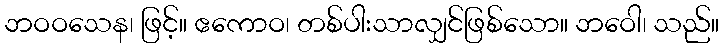
ဘဝဝသေန၊ ဖြင့်။ ဧကောဝ၊ တစ်ပါးသာလျှင်ဖြစ်သော။ ဘဝေါ၊ သည်။